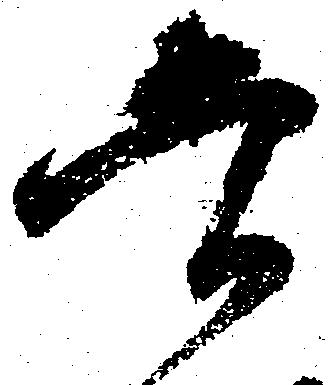
当